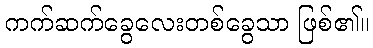
ကက်ဆက်ခွေလေးတစ်ခွေသာ ဖြစ်၏။